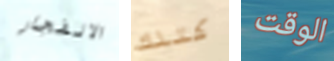
الانفجار كتلك الوقت